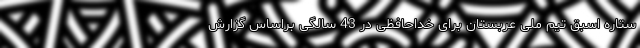
ستاره اسبق تیم ملی عربستان برای خداحافظی در 43 سالگی براساس گزارش